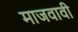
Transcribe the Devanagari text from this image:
माजवावी